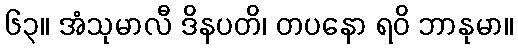
၆၃။ အံသုမာလီ ဒိနပတိ၊ တပနော ရဝိ ဘာနုမာ။